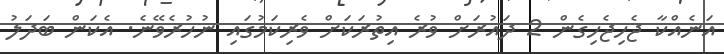
އަނެއްކާ ޖެހިޖެހިގެން 2 ދައުރަށް ވުރެ އިތުރަކަށް ވެރިކަމުގައި ނުހުރެވޭނެ. އެކަން ބަދަލު